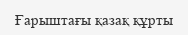
Ғарыштағы қазақ құрты